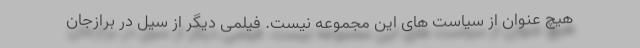
هیچ عنوان از سیاست های این مجموعه نیست. فیلمی دیگر از سیل در برازجان